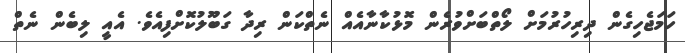
ހަމަޖެހިގެން ދިރިހުރުމަށް ލޯތްބަށްވުރެން މޮޅުކާނާއެއް ނެތްކަން ރިދާ ގަބޫލުކޮށްފިއެވެ. އެއީ ލިބެން ނެތް